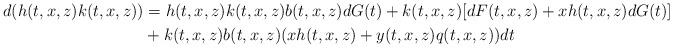
LaTeX: \begin{align*}d(h(t,x,z)k(t,x,z))&=h(t,x,z)k(t,x,z)b(t,x,z) d G(t) +k(t,x,z)[dF(t,x,z)+xh(t,x,z)dG(t)]\\&+k(t,x,z) b(t,x,z)(xh(t,x,z)+y(t,x,z)q(t,x,z))dt\end{align*}